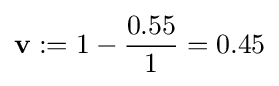
\mathbf {v} :=1-{\frac {0.55}{1}}=0.45